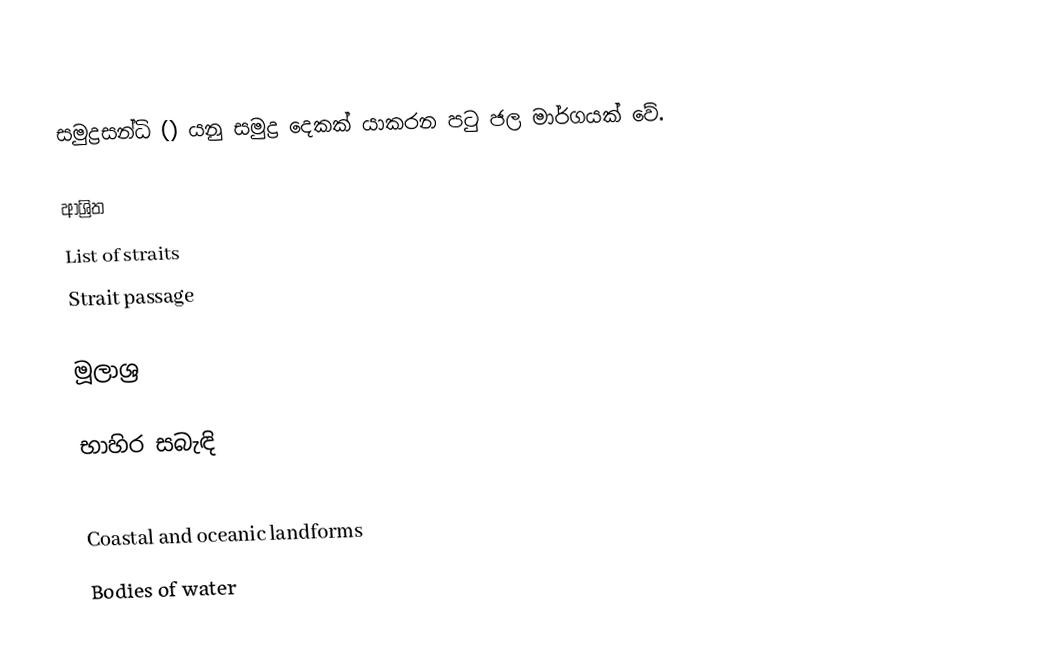
සමුද්‍රසන්ධි () යනු සමුද්‍ර දෙකක් යාකරන පටු ජල මාර්ගයක් වේ.

ආශ්‍රිත
List of straits
Strait passage

මූලාශ්‍ර

භාහිර සබැඳි

Coastal and oceanic landforms
Bodies of water